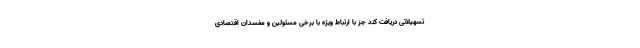
تسهیلاتی دریافت کند جز با ارتباط ویژه با برخی مسئولین و مفسدان اقتصادی